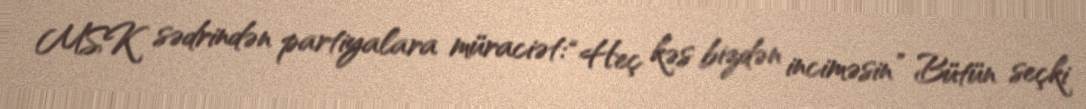
MSK sədrindən partiyalara müraciət: “Heç kəs bizdən inciməsin” Bütün seçki